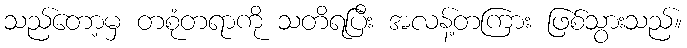
သည်တော့မှ တစုံတရာကို သတိရပြီး အလန့်တကြား ဖြစ်သွားသည်။